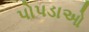
પોપડાઓ